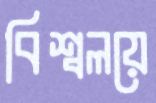
বিশ্বলয়ে